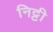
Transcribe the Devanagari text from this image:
निट्टी